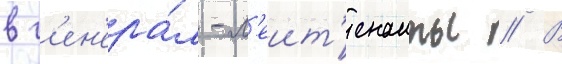
в г'ен'ера́л-л'еит'енанты // В